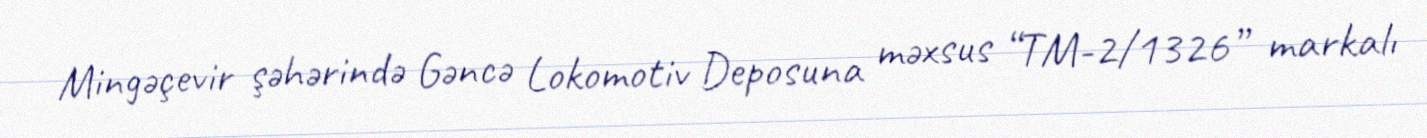
Mingəçevir şəhərində Gəncə Lokomotiv Deposuna məxsus “TM-2/1326” markalı